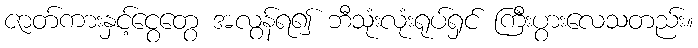
ဇာတ်ကားနှင့်ငွေတွေ အလွန်ရ၍ ဘီသုံးလုံးရုပ်ရှင် ကြီးပွားလေသတည်း။